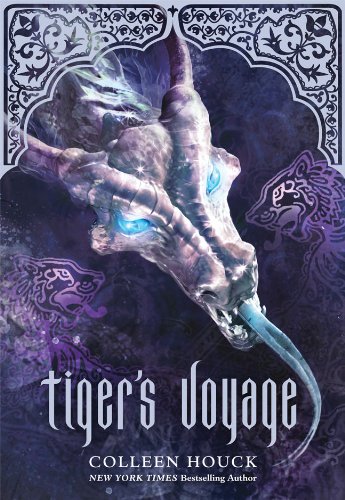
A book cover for Tiger's Voyage (Book 3 in the Tiger's Curse Series); Colleen Houck; Children's Books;